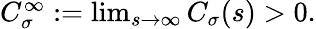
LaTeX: \begin{array}{r}{C_{\sigma}^{\infty}:=\operatorname*{lim}_{s\to\infty}C_{\sigma}(s)>0.}\end{array}